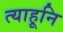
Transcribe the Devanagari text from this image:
त्याहूनि